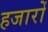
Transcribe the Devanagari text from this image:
हजारोँ